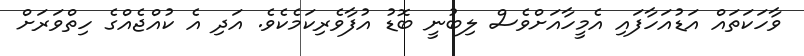
ވާހަކަތައް އަޑުއަހާފައި އެމީހާއަށްވެސް ލިބުނީ ބޮޑު އުފާވެރިކަމެކެވެ. އަދި އެ ކުއްޖެއްގެ ހިތްވަރަށް